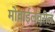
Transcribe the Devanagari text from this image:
मोबाईलवरील